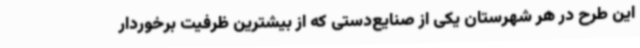
این طرح در هر شهرستان یکی از صنایع‌دستی که از بیشترین ظرفیت برخوردار